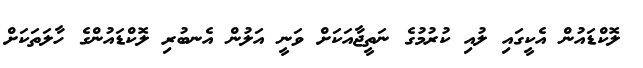
ލޮކްޑައުން އެކީގައި ލުއި ކުރުމުގެ ނަތީޖާއަކަށް ވަނީ އަލުން އެނބުރި ލޮކްޑައުންގެ ހާލަތަކަށް